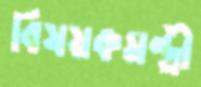
বিষয়কমন্ত্রী